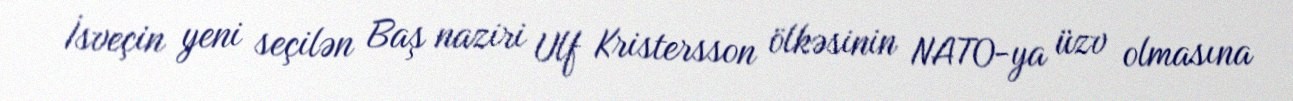
İsveçin yeni seçilən Baş naziri Ulf Kristersson ölkəsinin NATO-ya üzv olmasına